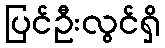
ပြင်ဦးလွင်ရှိ